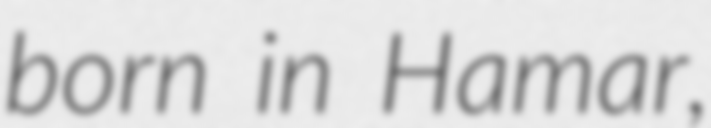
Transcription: born in Hamar,